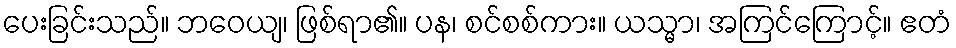
ပေးခြင်းသည်။ ဘဝေယျ၊ ဖြစ်ရာ၏။ ပန၊ စင်စစ်ကား။ ယသ္မာ၊ အကြင်ကြောင့်။ ဧတံ